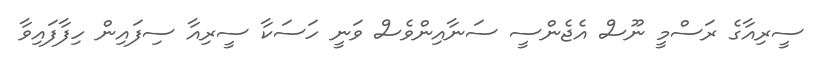
ސީރިއާގެ ރަސްމީ ނޫސް އެޖެންސީ ސަނާއިންވެސް ވަނީ ހަސަކާ ސީރިއާ ސިފައިން ހިފާފައިވާ